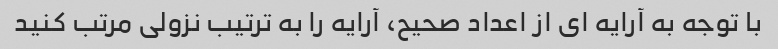
با توجه به آرایه ای از اعداد صحیح، آرایه را به ترتیب نزولی مرتب کنید